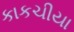
કાકચીયા